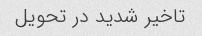
تاخیر شدید در تحویل